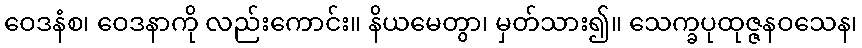
ဝေဒနံစ၊ ဝေဒနာကို လည်းကောင်း။ နိယမေတွာ၊ မှတ်သား၍။ သေက္ခပုထုဇ္ဇနဝသေန၊